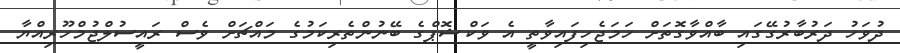
ދުވަހު ދަރުބާރުގޭގައި ބާއްވާގޮތަށް ހަމަޖެހިފައިވާތީ އެ ވަކްޝޮޕްގެ ބޭނުންތެރިކަމުގެ މައްޗަށް ވެސް ރައީސުލްޖުމްހޫރިއްޔާ